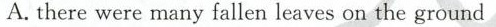
A.there were many fallen leaves on the ground